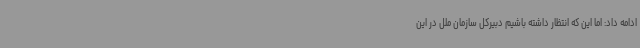
ادامه داد: اما این که انتظار داشته باشیم دبیرکل سازمان ملل در این